Report on horse surra - Volume I
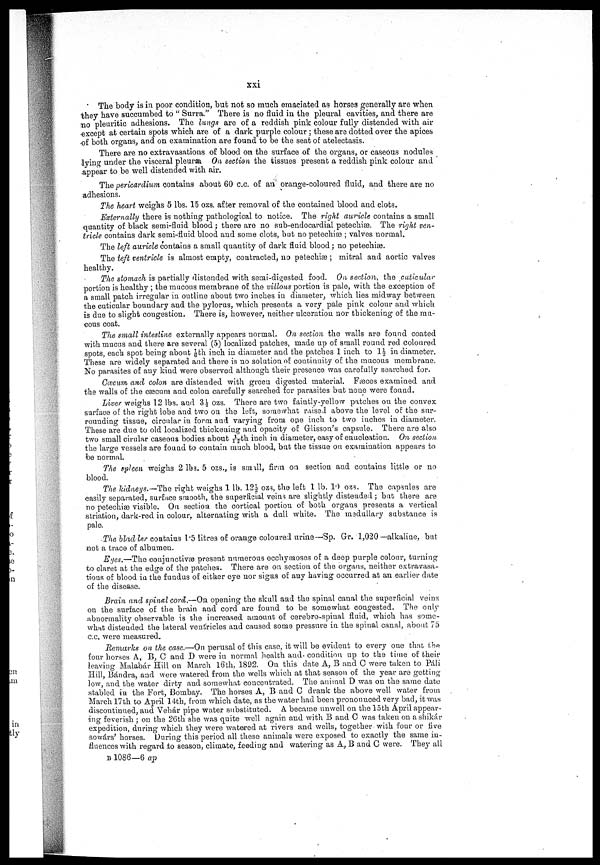
xxi
The body is in poor condition, bub not so much emaciated as horses generally are when
they have succumbed to " Surra." There is no fluid in the pleural cavities, and there are
no pleuritic adhesions. The lungs are of a reddish pink colour fully distended with air
except at certain spots which are of a dark purple colour ; these are dotted over the apices
of both organs, and on examination are found to be the seat of atelectasis.
There are no extravasations of blood on the surface of the organs, or caseous nodules
lying under the visceral pleura. On section the tissues present a reddish pink colour and
appear to be well distended with air.
The pericardium contains about 60 c.c. of an orange-coloured fluid, and there are no
adhesions.
The heart weighs 5 lbs. 15 ozs. after removal of the contained blood and clots.
Externally there is nothing pathological to notice. The right auricle contains a small
quantity of black semi-fluid blood ; there are no sub-endocardial petechia3. The right ven-
tricle contains dark semi-fluid blood and some clots, but no petechiæ ; valves normal.
The left auricle contains a small quantity of dark fluid blood ; no petechias.
The left ventricle is almost empty, contracted, no petechias ; mitral and aortic valves
healthy.
The stomach is partially distended with semi-digested food. On section, the cuticular
portion is healthy ; the mucous membrane of the villous portion is pale, with the exception of
a small patch irregular in outline about two inches in diameter, which lies midway between
the cuticular boundary and the pylorus, which presents a very pale pink colour and which
is due to slight congestion. There is, however, neither ulceration nor thickening of the mu-
cous coat.
The small intestine externally appears normal. On section the walls are found coated
with mucus and there are several (5) localized patches, made up of small round red coloured
spots, each spot being about 1/6th inch in diameter and the patches 1 inch to 1½ in diameter.
These are widely separated and there is no solution of continuity of the mucous membrane.
No parasites of any kind were observed although their presence was carefully searched for.
Cœcum and colon are distended with green digested material. Fasces examined and
the walls of the cæcum and colon carefully searched for parasites but none were found.
Liver weighs 12 lbs. and 3.½ ozs. There are two faintly-yellow patches on the convex
surface of the right lobe and two on the left, somewhat raised above the level of the sur-
rounding tissue, circular in form and varying from one inch to two inches in diameter.
These are due to old localized thickening and opacity of Glisson's capsule. There are also
two small cirular caseous bodies about 1/12th inch in diameter, easy of enucleation. On section
the large vessels are found to contain much blood, but the tissue on examination appears to
be normal.
The spleen weighs 2 lbs. 5 ozs., is small, firm on section and contains little or no
blood.
The kidneys.—The right weighs 1 lb. 12½ ozs, the left 1 lb. 10 ozs. The capsules are
easily separated, surface smooth, the superficial veins are slightly distended ; but there are
no petechias visible. On section the cortical portion of both organs presents a vertical
striation, dark-red in colour, alternating with a dull white. The medullary substance is
pale.
The bladder contains 1.5 litres of orange coloured urine—Sp. Gr. 1,020— alkaline, but
not a trace of albumen.
Eyes.—The conjunctivas present numerous ecchymoses of a deep purple colour, turning
to claret at the edge of the patches. There are on section of the organs, neither extravasa-
tions of blood in the fundus of either eye nor signs of any having occurred at an earlier date
of the disease.
Brain and spinal cord,—On opening the skull and the spinal canal the superficial veins
on the surface of the brain and cord are found to be somewhat congested. The only
abnormality observable is the increased amount of cerebro-spinal fluid, which has some-
what distended the lateral ventricles and caused some pressure in the spinal canal, about 75
c.c. were measured.
Remarks on the case.—On perusal of this ease, it will be evident to every one that the
four horses A, B, C and D were in normal health and condition up to the time of their
leaving Malabar Hill on March 16th, 1892. On this date A, B and C were taken to Pali
Hill, Bándra, and were watered from the wells which at that season of the year are getting
low, and the water dirty and somewhat concentrated. The animal D was on the same date
stabled in the Fort, Bombay. The horses A, B and C drank the above well water from
March 17 th to April 14th, from which date, as the water had been pronounced very bad, it was
discontinued, and Vehár pipe water substituted. A became unwell on the 15th April appear-
ing feverish ; on the 26th she was quite well again and with B and C was taken on a shikár
expedition, during which they were watered at rivers and wells, together with four or five
sowars' horses. During this period all these animals were exposed to exactly the same in-
fluences with regard to season, climate, feeding and watering as A, B and C were. They all
B 1086—6 ap